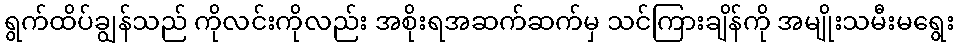
ရွက်ထိပ်ချွန်သည် ကိုလင်းကိုလည်း အစိုးရအဆက်ဆက်မှ သင်ကြားချိန်ကို အမျိုးသမီးမရွေး